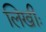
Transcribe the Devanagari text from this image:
लिखीः